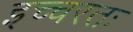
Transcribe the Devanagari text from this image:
इच्चरतः